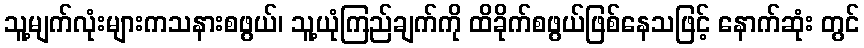
သူ့မျက်လုံးများကသနားစဖွယ်၊ သူ့ယုံကြည်ချက်ကို ထိခိုက်စဖွယ်ဖြစ်နေသဖြင့် နောက်ဆုံး တွင်